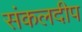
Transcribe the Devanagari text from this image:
संकलदीप